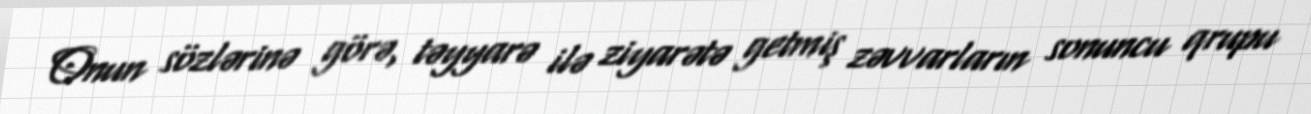
Onun sözlərinə görə, təyyarə ilə ziyarətə getmiş zəvvarların sonuncu qrupu